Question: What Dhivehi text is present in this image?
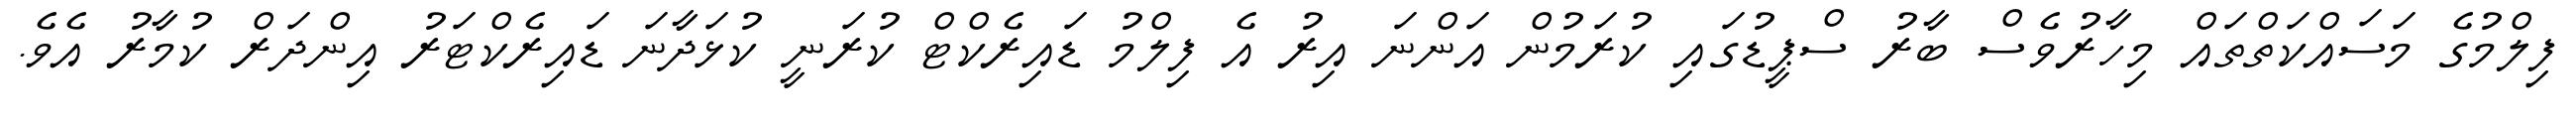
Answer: ފިލްމުގެ މަސައްކަތްތައް މިހާރުވެސް ބާރު ސްޕީޑުގައި ކުރަމުން އަންނަ އިރު އެ ފިލްމު ޑައިރެކްޓް ކުރަނީ ކުޅަދާނަ ޑައިރެކްޓަރު އިންދަރް ކުމާރު އެވެ.